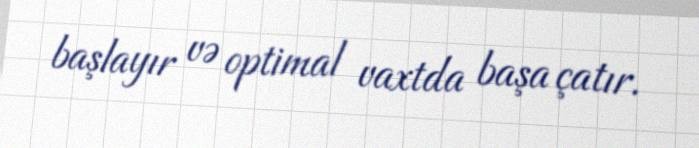
başlayır və optimal vaxtda başa çatır.